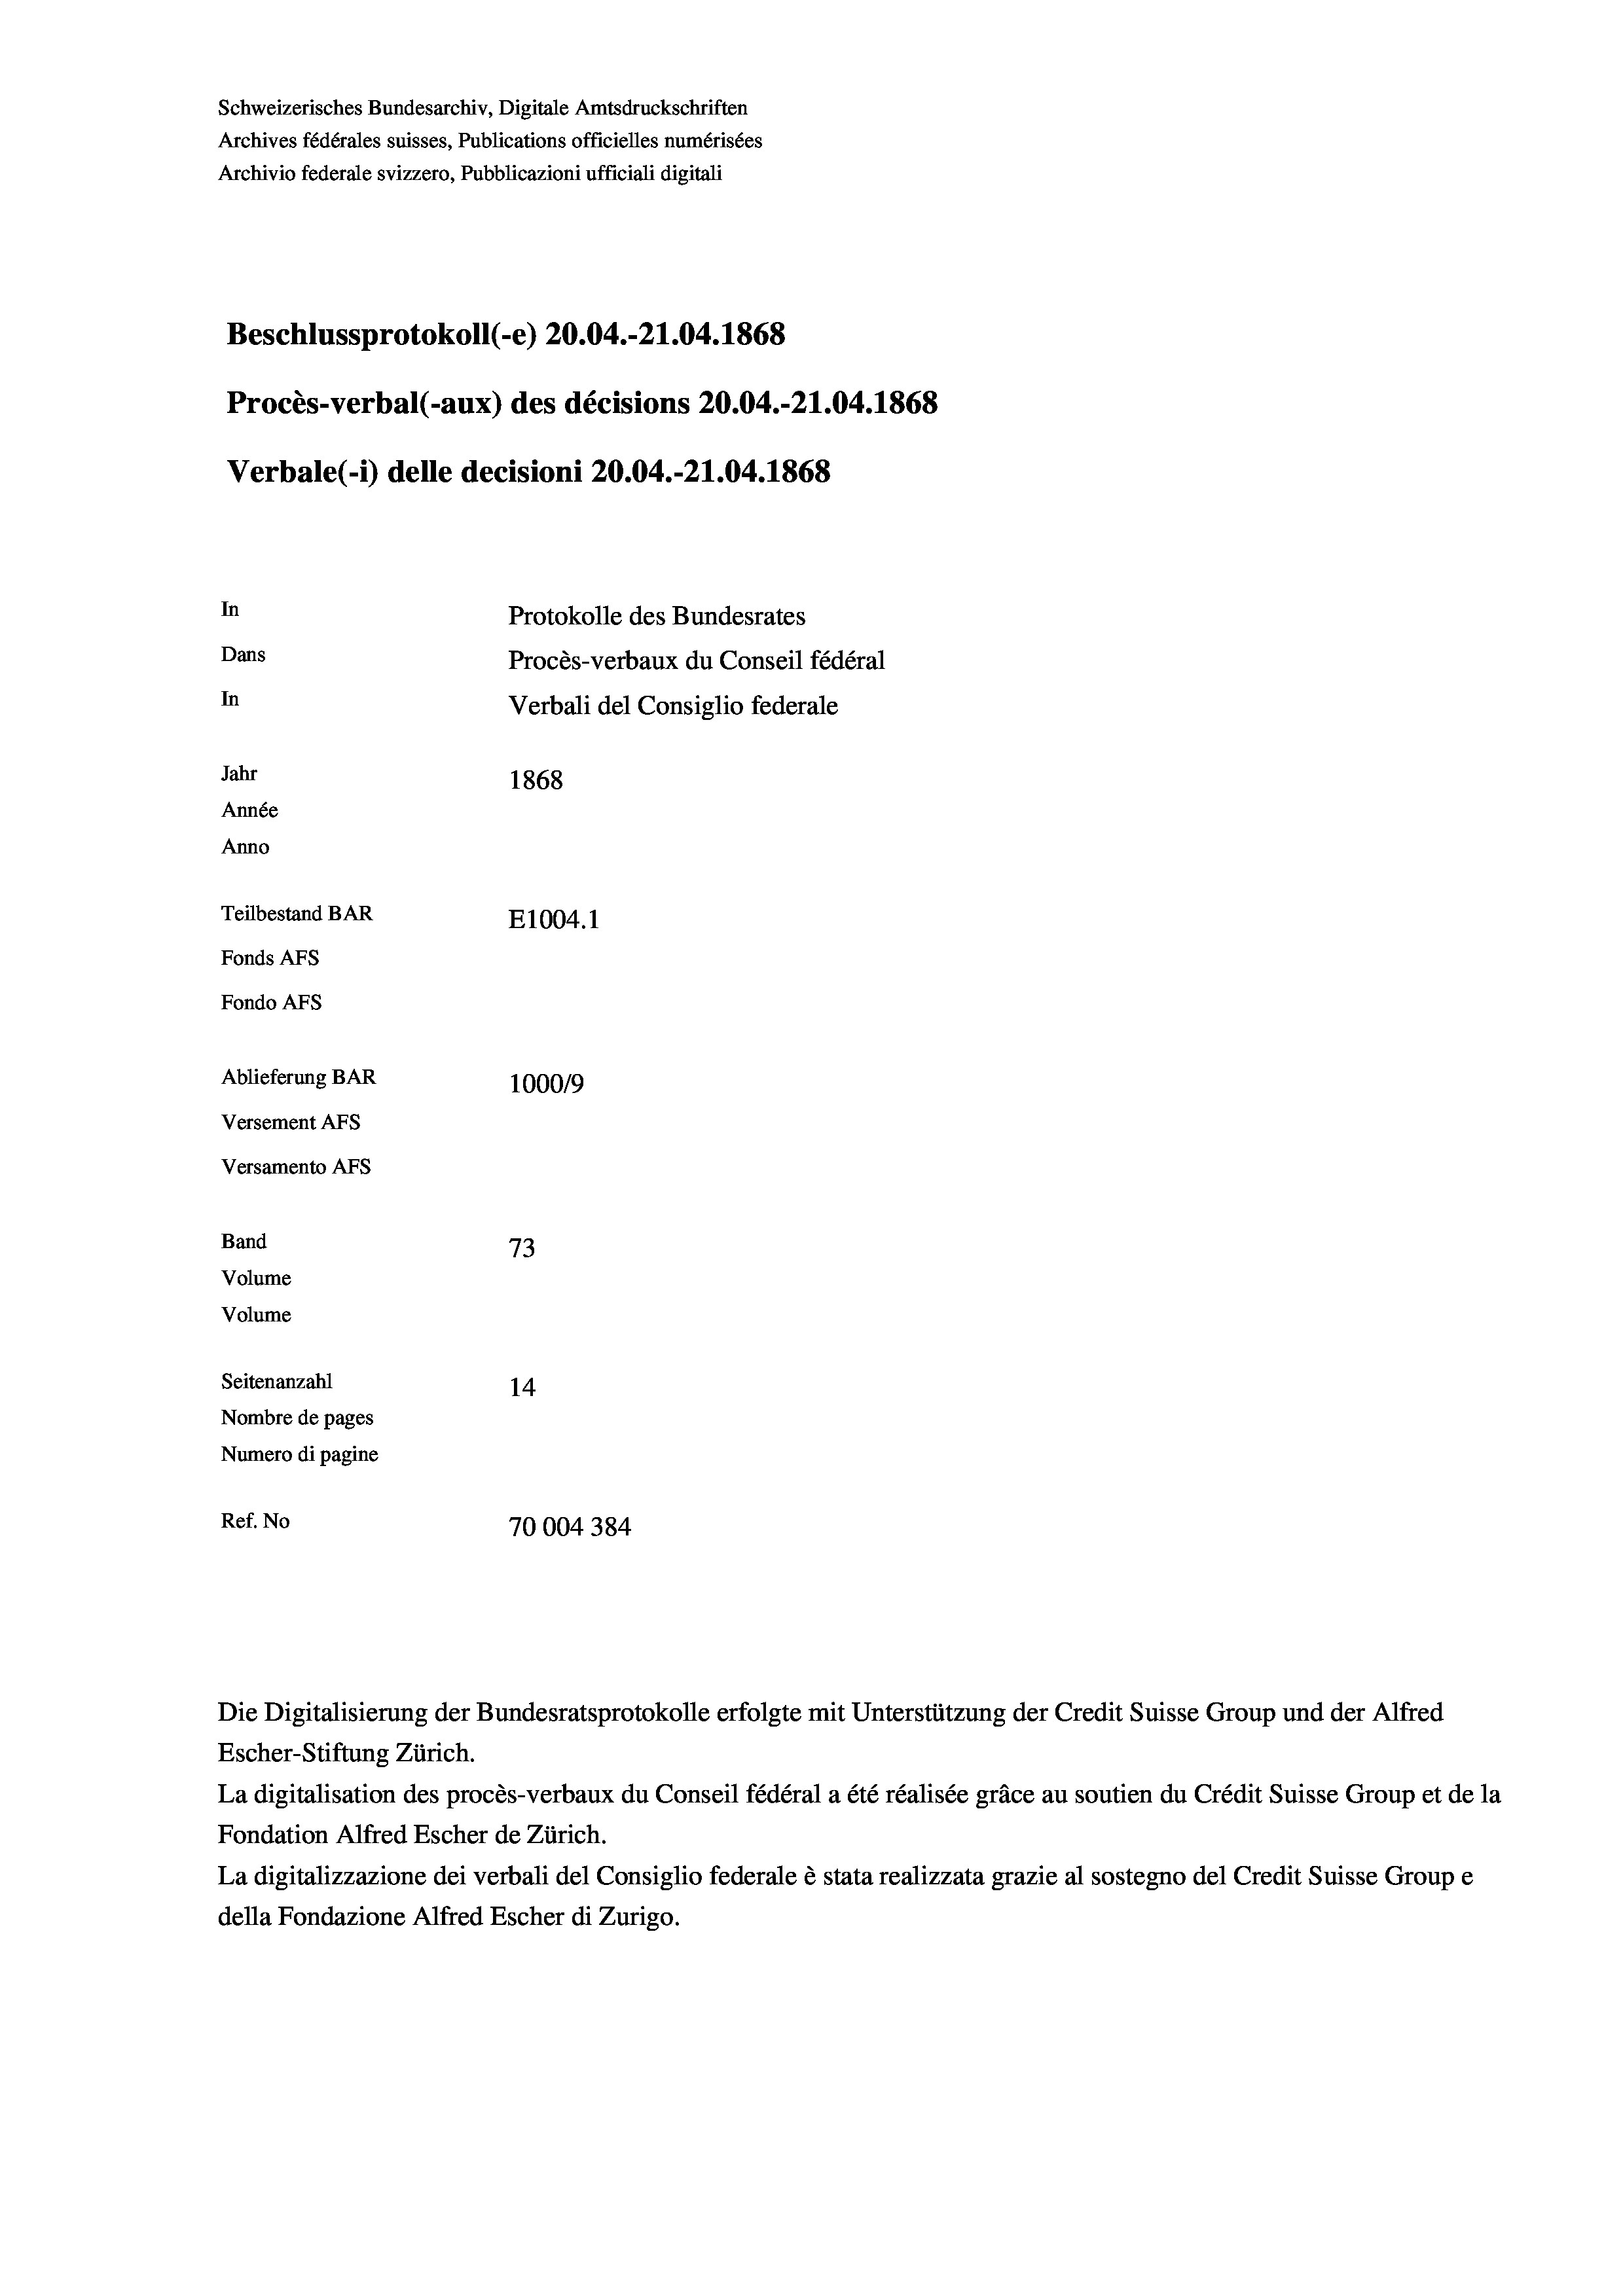
Schweizerisches Bundesarchiv, Digitale Amtsdruckschriften
Archives fédérales suisses, Publications officielles numérisées
Archivio federale svizzero, Pubblicazioni ufficiali digitali
Beschlussprotokoll (-e) 20.04.-21.04. 1868
Procès-verbal (-aux) des décisions 20.04.-21.04.1868
Verbale(-*) delle decisioni 20.04.-21.04. 1868
In
Protokolle des Bundesrates
Dans
Procès-verbaux du Conseil fédéral
In
Verbali del Consiglio federale
Jahr
1868
Année
Anno
Teilbestand BAR
E1004. 1
Fonds AFs
Fondo Afs
Ablieferung BAR
100019
Versement AFs
Versamento AFs
Band
73

Seitenanzahl
14
Nombre de pages
Numero di pagine
Ref. No
70004384
Die Digitalisierung der Bundesratsprotokolle erfolgte mit Unterstützung der Credit Suisse Group und der Alfred

Volume
Volume

Escher-Stiftung Zürich.
La digitalisation des procès-verbaux du Conseil fédéral a été réalisée gräce au soutien du Crédit Suisse Group et de la
Fondation Alfred Escher de Zürich.
La digitalizzazione dei verbali del Consiglio federale è stata realizzata grazie al sostegno del Credit Suisse Groupe
della Fondazione Alfred Escher di Zurigo.